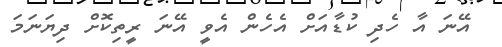
އޭނަ އާ ހެދި ކުޑާއަށް އެހެން އެވީ އޭނަ ރީތިކޮށް ދިޔަނަމަ